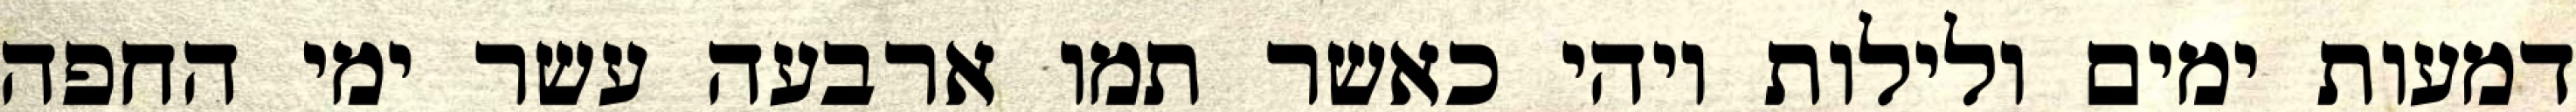
דמעות ימים ולילות ויהי כאשר תמו ארבעה עשר ימי החפה